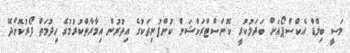
މަސީ ބިލްޑް އެކްސްޕޯއަށް ބަދަލުކުރީ ކޮންސްޓްރަކްޝަން ކުންފުނިތަކުގެ އިތުރުން އިމާރާތްކުރުމުގެ ހިދުމަތް ފޯރުކޮށްދޭ